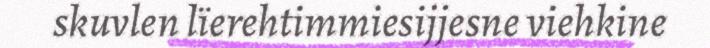
skuvlen lïerehtimmiesijjesne viehkine